Senior Leaving Certificate Examination (including Day School Certificate (Higher) General paper), 1950
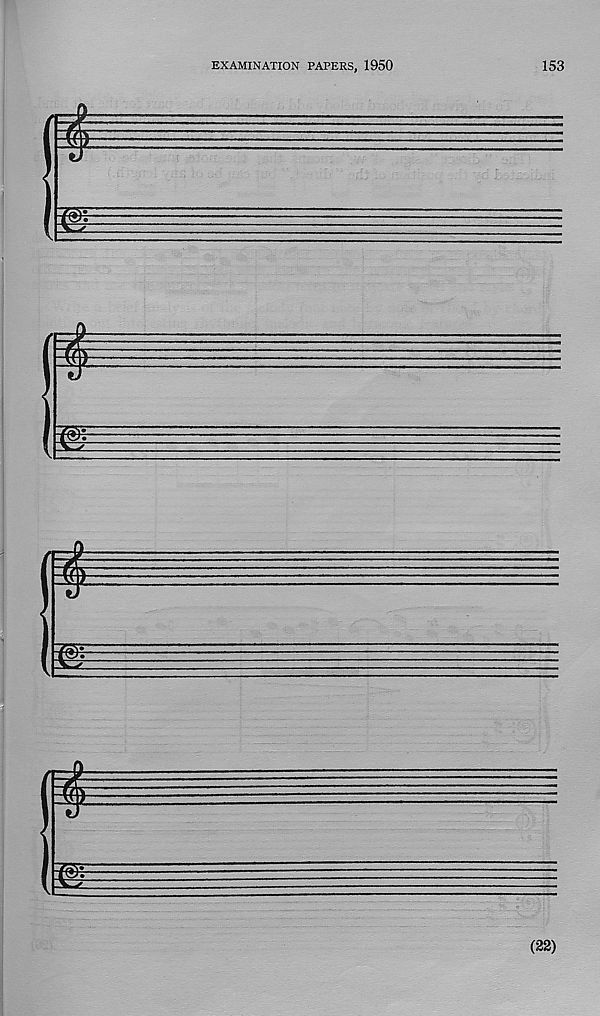
EXAMINATION PAPERS, 1950
153
m
m
m
m
(22)